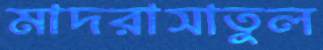
মাদরাসাতুল